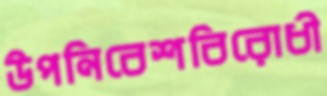
উপনিবেশবিরোধী